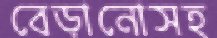
বেড়ানোসহ